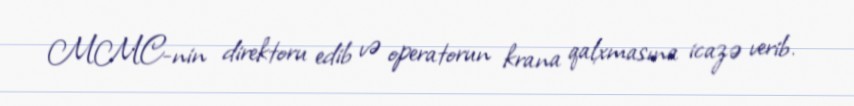
MMC-nin direktoru edib və operatorun krana qalxmasına icazə verib.